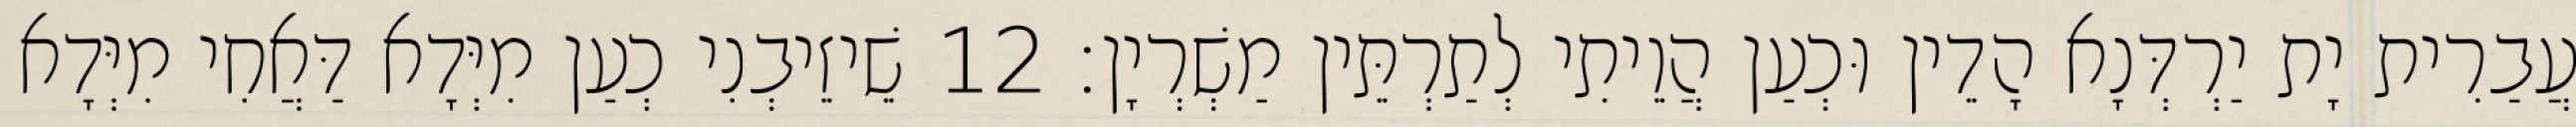
עֲבַרִית יָת יַרְדְּנָא הָדֵין וּכְעַן הֲוֵיתִי לְתַרְתֵּין מַשְׁרְיָן׃ 12 שֵׁיזֵיבְנִי כְעַן מִיְּדָא דַּאֲחִי מִיְּדָא